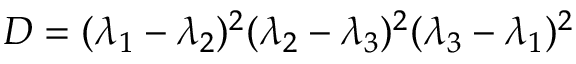
D = ( \lambda _ { 1 } - \lambda _ { 2 } ) ^ { 2 } ( \lambda _ { 2 } - \lambda _ { 3 } ) ^ { 2 } ( \lambda _ { 3 } - \lambda _ { 1 } ) ^ { 2 }